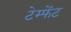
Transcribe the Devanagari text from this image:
टेम्फेंट